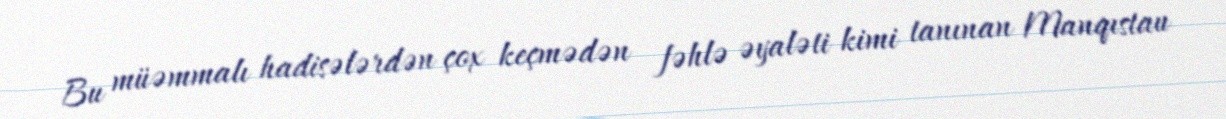
Bu müəmmalı hadisələrdən çox keçmədən fəhlə əyaləti kimi tanınan Manqıstau